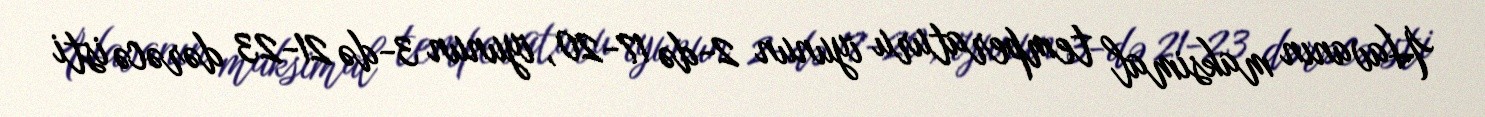
Havanın maksimal temperaturu iyunun 2-də 17-20, iyunun 3-də 21-23 dərəcə isti